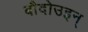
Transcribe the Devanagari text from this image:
बौदोउइन्